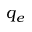
q _ { e }